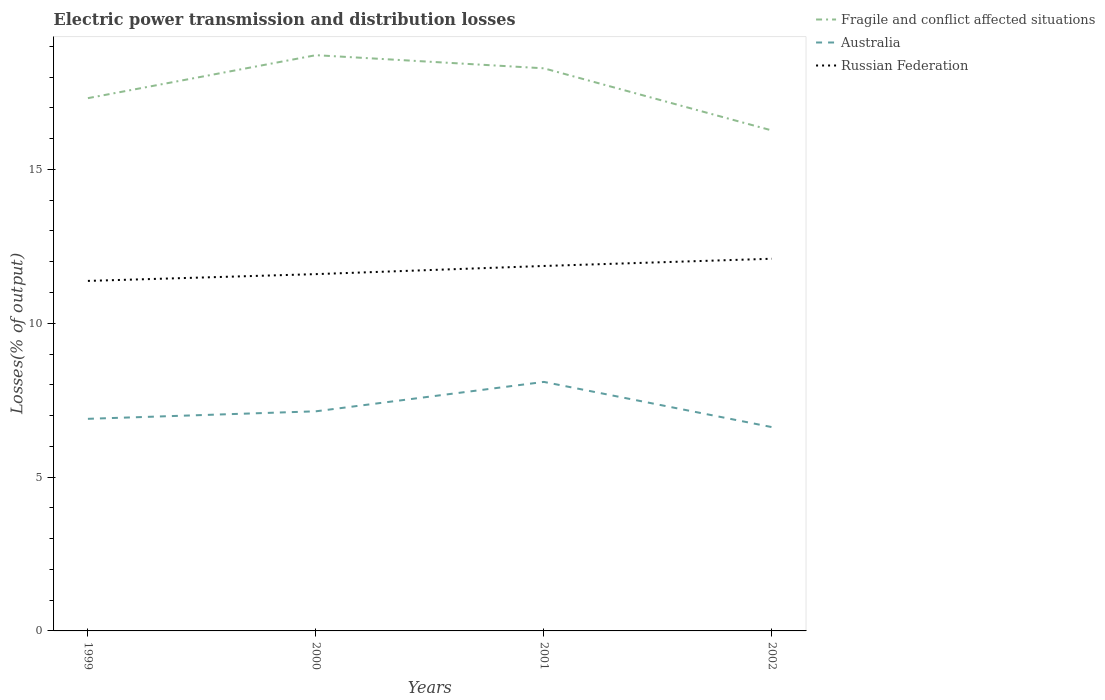
| Years | Fragile and conflict affected situations | Australia | Russian Federation |
 | --- | --- | --- | --- |
 | 1999 | 17.3 | 6.89 | 11.4 |
 | 2000 | 18.7 | 7.14 | 11.6 |
 | 2001 | 18.3 | 8.09 | 11.9 |
 | 2002 | 16.3 | 6.62 | 12.1 |